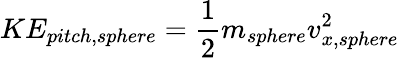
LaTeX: KE_{pitch,sphere}=\frac{1}{2}m_{sphere}v_{x,sphere}^{2}